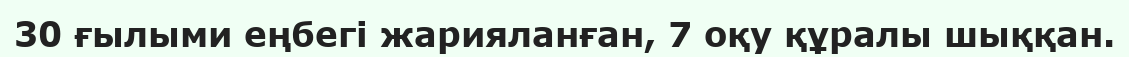
30 ғылыми еңбегі жарияланған, 7 оқу құралы шыққан.